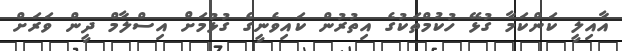
އާއިލީ ކަންކަމާ ގުޅޭ ހުކުމްތަކުގެ އިތުރުން ކައިވެނީގެ ގުޅުމަށް އިސްލާމް ދީން ވަރަށް